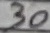
Text: 30